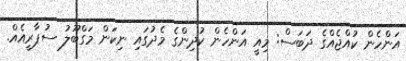
އަންހެން ކުއްޖެއްގެ ދަބަސް: މިއީ އަންހެން ކުދިންގެ މެދުގައި ނިކަން މަގްބޫލު ސުޕާރީއެއް.